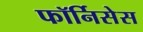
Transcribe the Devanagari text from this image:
फॉर्निसेस